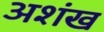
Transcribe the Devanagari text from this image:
अशंख